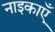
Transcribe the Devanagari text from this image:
नाइकाएँ